Cholera in southern India
Disease focus: Cholera
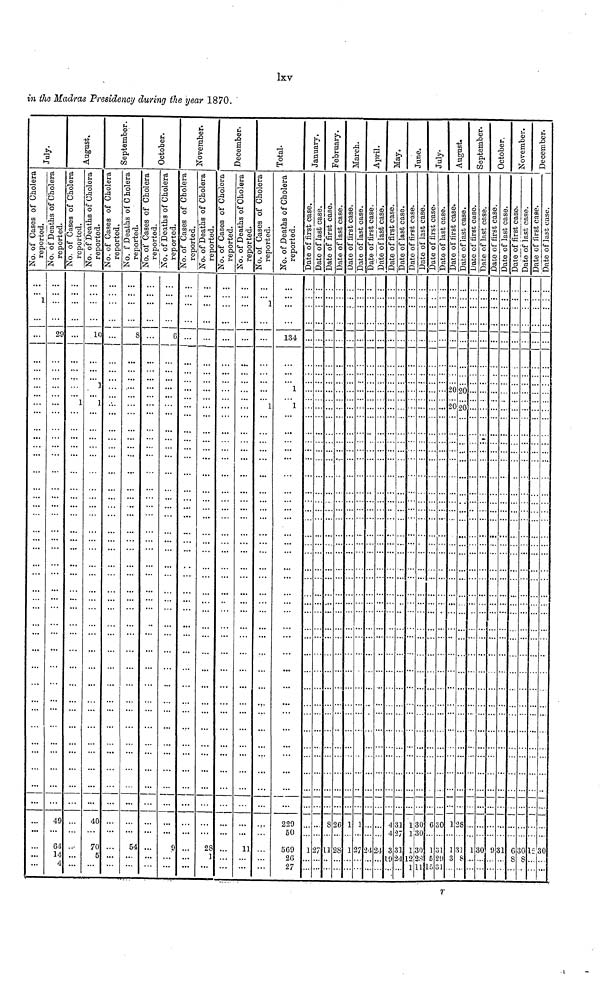
lxv
in the Madras Presidency during the year 1870.
July.
No. of Cases of Cholera
reported.
...
... 1
...
...
...
...
...
...
...
...
...
...
...
...
...
...
...
...
...
...
...
...
...
...
...
...
...
...
...
...
...
...
...
...
...
...
...
...
...
...
...
No. of Deaths of Cholera
reported.
...
... ...
...
29
...
...
...
...
...
...
...
...
...
...
...
...
...
...
...
...
...
...
...
...
...
...
...
...
...
...
...
...
...
...
...
...
...
...
49
64
14
4
August
No. of Cases of Cholera
reported.
...
... ...
...
...
...
...
...
...
...
...
...
...
...
...
...
...
...
...
...
...
...
...
...
...
...
...
...
...
...
...
...
...
...
...
...
...
...
...
...
...
...
...
No. of Deaths of Cholera
reported.
...
... ...
...
10
...
...
...
...
...
...
...
...
...
...
...
...
...
...
...
...
...
...
...
...
...
...
...
...
...
...
...
...
...
...
...
...
...
...
40
70
5
...
September.
No. of Cases of Cholera
reported.
...
... ...
...
...
...
...
...
...
...
...
...
...
...
...
...
...
...
...
...
...
...
...
...
...
...
...
...
...
...
...
...
...
...
...
...
...
...
...
...
...
...
...
...
No. f Deaths of Cholera
reported.
...
... ...
...
8
...
...
...
...
...
...
...
...
...
...
...
...
...
...
...
...
...
...
...
...
...
...
...
...
...
...
...
...
...
...
...
...
...
...
...
54
...
...
...
October.
No. of Cases of Cholera
reported.
...
... ...
...
...
...
...
...
...
...
...
...
...
...
...
...
...
...
...
...
...
...
...
...
...
...
...
...
...
...
...
...
...
...
...
...
...
...
...
...
...
...
...
...
No. of Deaths of Cholera
reported.
...
... ...
...
6
...
...
...
...
...
...
...
...
...
...
...
...
...
...
...
...
...
...
...
...
...
...
...
...
...
...
...
...
...
...
...
...
...
...
...
9
...
...
...
November.
No. of Cases of Cholera
reported.
...
... ...
...
...
...
...
...
...
...
...
...
...
...
...
...
...
...
...
...
...
...
...
...
...
...
...
...
...
...
...
...
...
...
...
...
...
...
...
...
...
...
...
...
No. of Deaths of Cholera
reported.
...
... ...
...
...
...
...
...
...
...
...
...
...
...
...
...
...
...
...
...
...
...
...
...
...
...
...
...
...
...
...
...
...
...
...
...
...
...
...
...
28
1
...
December.
No. of Cases of Cholera
reported.
...
... ...
...
...
...
...
...
...
...
...
...
...
...
...
...
...
...
...
...
...
...
...
...
...
...
...
...
...
...
...
...
...
...
...
...
...
...
...
...
...
...
...
No. of Deaths of Cholera
reported.
...
... ...
...
...
...
...
...
...
...
...
...
...
...
...
...
...
...
...
...
...
...
...
...
...
...
...
...
...
...
...
...
...
...
...
...
...
...
...
...
11
...
...
Total.
No. of Cases of Cholera
reported.
...
... ...
...
...
...
...
...
...
...
1
...
...
...
...
...
...
...
...
...
...
...
...
...
...
...
...
...
...
...
...
...
...
...
...
...
...
...
...
...
...
...
...
No. of Deaths of Cholera
reported.
...
... 1
...
134
...
...
... 1
...
1
...
...
...
...
...
...
...
...
...
...
...
...
...
...
...
...
...
...
...
...
...
...
...
...
...
...
...
...
229
50
509
26
27
January.
Date of first case.
...
... ...
...
...
...
...
...
...
...
...
...
...
...
...
...
...
...
...
...
...
...
...
...
...
...
...
...
...
...
...
...
...
...
...
...
...
...
...
...
1
...
Date of last case.
...
... ...
...
...
...
...
...
...
...
...
...
...
...
...
...
...
...
...
...
...
...
...
...
...
...
...
...
...
...
...
...
...
...
...
...
...
...
...
...
...
February.
Date of first case.
...
... ...
...
...
...
...
...
...
...
...
...
...
...
...
...
...
...
...
...
...
...
...
...
...
...
...
...
...
...
...
...
...
...
...
...
...
...
...
8
...
Date of last case.
...
... ...
...
...
...
...
...
...
...
...
...
...
...
...
...
...
...
...
...
...
...
...
...
...
...
...
...
...
...
...
...
...
...
...
...
...
...
...
26
...
March.
Date of first case.
...
... ...
...
...
...
...
...
...
...
...
...
...
...
...
...
...
...
...
...
...
...
...
...
...
...
...
...
...
...
...
...
...
...
...
...
...
...
...
1
...
Date of last case.
...
... ...
...
...
...
...
...
...
...
...
...
...
...
...
...
...
...
...
...
...
...
...
...
...
...
...
...
...
...
...
...
...
...
...
...
...
...
...
1
...
April.
Date of first case.
...
... ...
...
...
...
...
...
...
...
...
...
...
...
...
...
...
...
...
...
...
...
...
...
...
...
...
...
...
...
...
...
...
...
...
...
...
...
...
...
...
Date of last case.
...
... ...
...
...
...
...
...
...
...
...
......
...
...
...
...
...
...
...
...
...
...
...
...
...
...
...
...
...
...
...
...
...
...
...
...
...
...
...
...
24
...
May.
Date of first case.
...
... ...
...
...
...
...
...
...
...
...
...
...
...
...
...
...
...
...
...
...
...
...
...
...
...
...
...
...
...
...
...
...
...
...
...
...
...
...
4
3
19
Date of last case.
...
... ...
...
...
...
...
...
...
...
...
...
...
...
...
...
...
...
...
...
...
...
...
...
...
...
...
...
...
...
...
...
...
...
...
...
...
...
...
31
31
24
June.
Date of first case.
...
... ...
...
...
...
...
...
...
...
...
...
...
...
...
...
...
...
...
...
...
...
...
...
...
...
...
...
...
...
...
...
...
...
...
...
...
...
...
1
1
12
Date of last case.
...
... ...
...
...
...
...
...
...
...
...
...
...
...
...
...
...
...
...
...
...
...
...
...
...
...
...
...
...
...
...
...
...
...
...
...
...
...
...
30
30
27
11
28
1
27
24
28
11
July.
Date of first case.
...
... ...
...
...
...
...
...
...
...
...
...
...
...
...
...
...
...
...
...
...
...
...
...
...
...
...
...
...
...
...
...
...
...
...
...
...
...
...
6
1
5
Date of last case.
...
... ...
...
...
...
...
...
...
...
...
...
...
...
...
...
...
...
...
...
...
...
...
...
...
...
...
...
...
...
...
...
...
...
...
...
...
...
...
30
31
29
31
August.
Date of first case.
...
... ...
...
...
...
...
...
20
...
20
...
...
...
...
...
...
...
...
...
...
...
...
...
...
...
...
...
...
...
...
...
...
...
...
...
...
...
...
1
1
3
Date of last case.
...
... ...
...
...
...
...
... 20
...
20
...
...
...
...
...
...
...
...
...
...
...
...
...
...
...
...
...
...
...
...
...
...
...
...
...
...
...
...
28
31
8
September
Date of first case.
...
... ...
...
...
...
...
... ...
...
...
...
...
...
...
...
...
...
...
...
...
...
...
...
...
...
...
...
...
...
...
...
...
...
...
...
...
...
...
...
1
...
Date of last case.
...
... ...
...
...
...
...
...
...
...
...
...
...
...
...
...
...
...
...
...
...
...
...
...
...
...
...
...
...
...
...
...
...
...
...
...
...
...
...
...
30
...
October
Date of first case.
...
... ...
...
...
...
...
...
...
...
...
...
...
...
...
...
...
...
...
...
...
...
...
...
...
...
...
...
...
...
...
...
...
...
...
...
...
...
...
...
9
...
Date of last case.
...
... ...
...
...
...
...
...
...
...
...
...
...
...
...
...
...
...
...
...
...
...
...
...
...
...
...
...
...
...
...
...
...
...
...
...
...
...
...
...
31
...
November.
Date of first case.
...
... ...
...
...
...
...
...
...
...
...
...
...
...
...
...
...
...
...
...
...
...
...
...
...
...
...
...
...
...
...
...
...
...
...
...
...
...
...
...
6
8
Date of last case.
...
... ...
...
...
...
...
...
...
...
...
...
...
...
...
...
...
...
...
...
...
...
...
...
...
...
...
...
...
...
...
...
...
...
...
...
...
...
...
30
8
December.
Date of first case.
...
... ...
...
...
...
...
...
...
...
...
...
...
...
...
...
...
...
...
...
...
...
...
...
...
...
...
...
...
...
...
...
...
...
...
...
...
...
...
12
...
Date of last case.
...
... ...
...
...
...
...
...
...
...
...
...
...
...
...
...
...
...
...
...
...
...
...
...
...
...
...
...
...
...
...
...
...
...
...
...
...
30
...